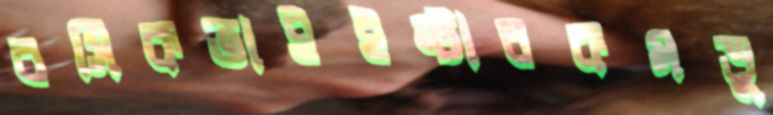
রসিকতাইইন্টারকমভু